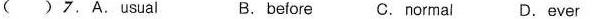
( )7.A.Usual B. before C.Normal D.ever